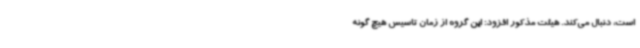
است، دنبال می‌کند. هیئت مذکور افزود: این گروه از زمان تاسیس هیچ گونه